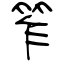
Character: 笮